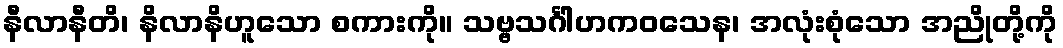
နီလာနီတိ၊ နိလာနိဟူသော စကားကို။ သဗ္ဗသင်္ဂါဟကဝသေန၊ အလုံးစုံသော အညိုတို့ကို